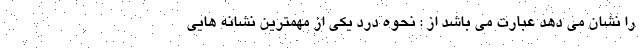
را نشان می دهد عبارت می باشد از : نحوه درد یکی از مهمترین نشانه هایی